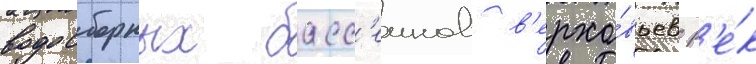
водосборных басс'еинов в'ерхо́вьев р'е́к